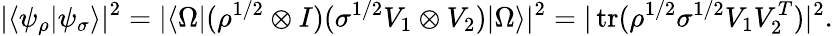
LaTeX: |\langle\psi_{\rho}|\psi_{\sigma}\rangle|^{2}=|\langle\Omega|(\rho^{{1}/{2}}\otimes I)(\sigma^{{1}/{2}}V_{1}\otimes V_{2})|\Omega\rangle|^{2}=|\operatorname{tr}(\rho^{{1}/{2}}\sigma^{{1}/{2}}V_{1}V_{2}^{T})|^{2}.